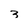
Character: 3